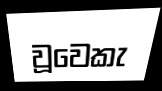
වූවෙකැ